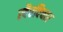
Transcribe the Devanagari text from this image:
स्वैरविचार